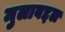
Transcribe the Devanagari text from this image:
मुलाबद्दल